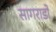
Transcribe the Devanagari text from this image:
सागराडो